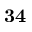
\bf { 3 4 }